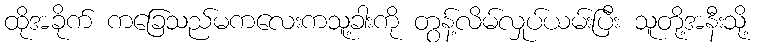
ထိုအခိုက် ကခြေသည်မကလေးကသူ့ခါးကို တွန့်လိမ်လှုပ်ယမ်းပြီး သူတို့အနီးသို့